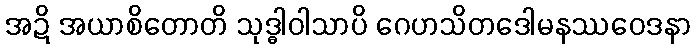
အဍိ အယာစိတောတိ သုဒ္ဓါဝါသာပိ ဂေဟသိတဒေါမနဿဝေဒနာ